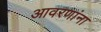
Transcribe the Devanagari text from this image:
आवरणांना